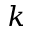
k